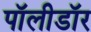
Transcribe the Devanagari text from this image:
पॉलीडॉर